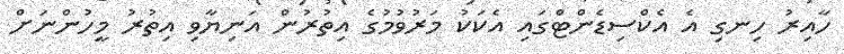
ހާއިރު ހިނގި އެ އެކްސިޑެންޓްގައި އެކަކު މަރުވުމުގެ އިތުރުން އަނިޔާވި އިތުރު މީހުންނަށް